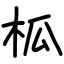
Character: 柧